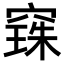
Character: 𮄌